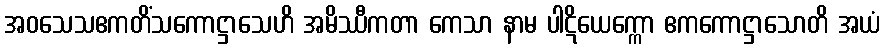
အဝသေသဧကတိံသကောဋ္ဌာသေဟိ အမိဿီကတာ ကေသာ နာမ ပါဋိယေက္ကော ဧကကောဋ္ဌာသောတိ အယံ